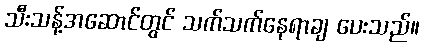
သီးသန့်အဆောင်တွင် သက်သက်နေရာချ ပေးသည်။